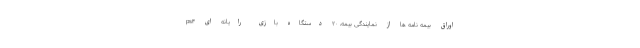
اوراق بیمه نامه ها از نمایندگی بیمه، ۲۰ دستگاه بازی رایانه ای ps۴